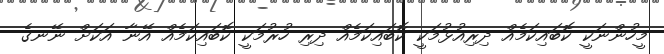
މީހުންނަކީ ކޮބައިކަމެއް ދިރިއުޅުމަކީ ކޮބައިކަމެއް ދިރި ހުރުމަކީ ކޮބައިކަމެއް އޭނާ އަކަށް ނޭނގެ